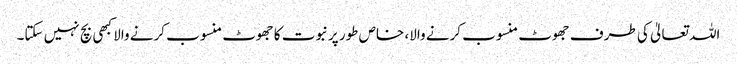
اللہ تعالیٰ کی طرف جھوٹ منسوب کرنے والا، خاص طور پرنبوت کا جھوٹ منسوب کرنے والا کبھی بچ نہیں سکتا۔